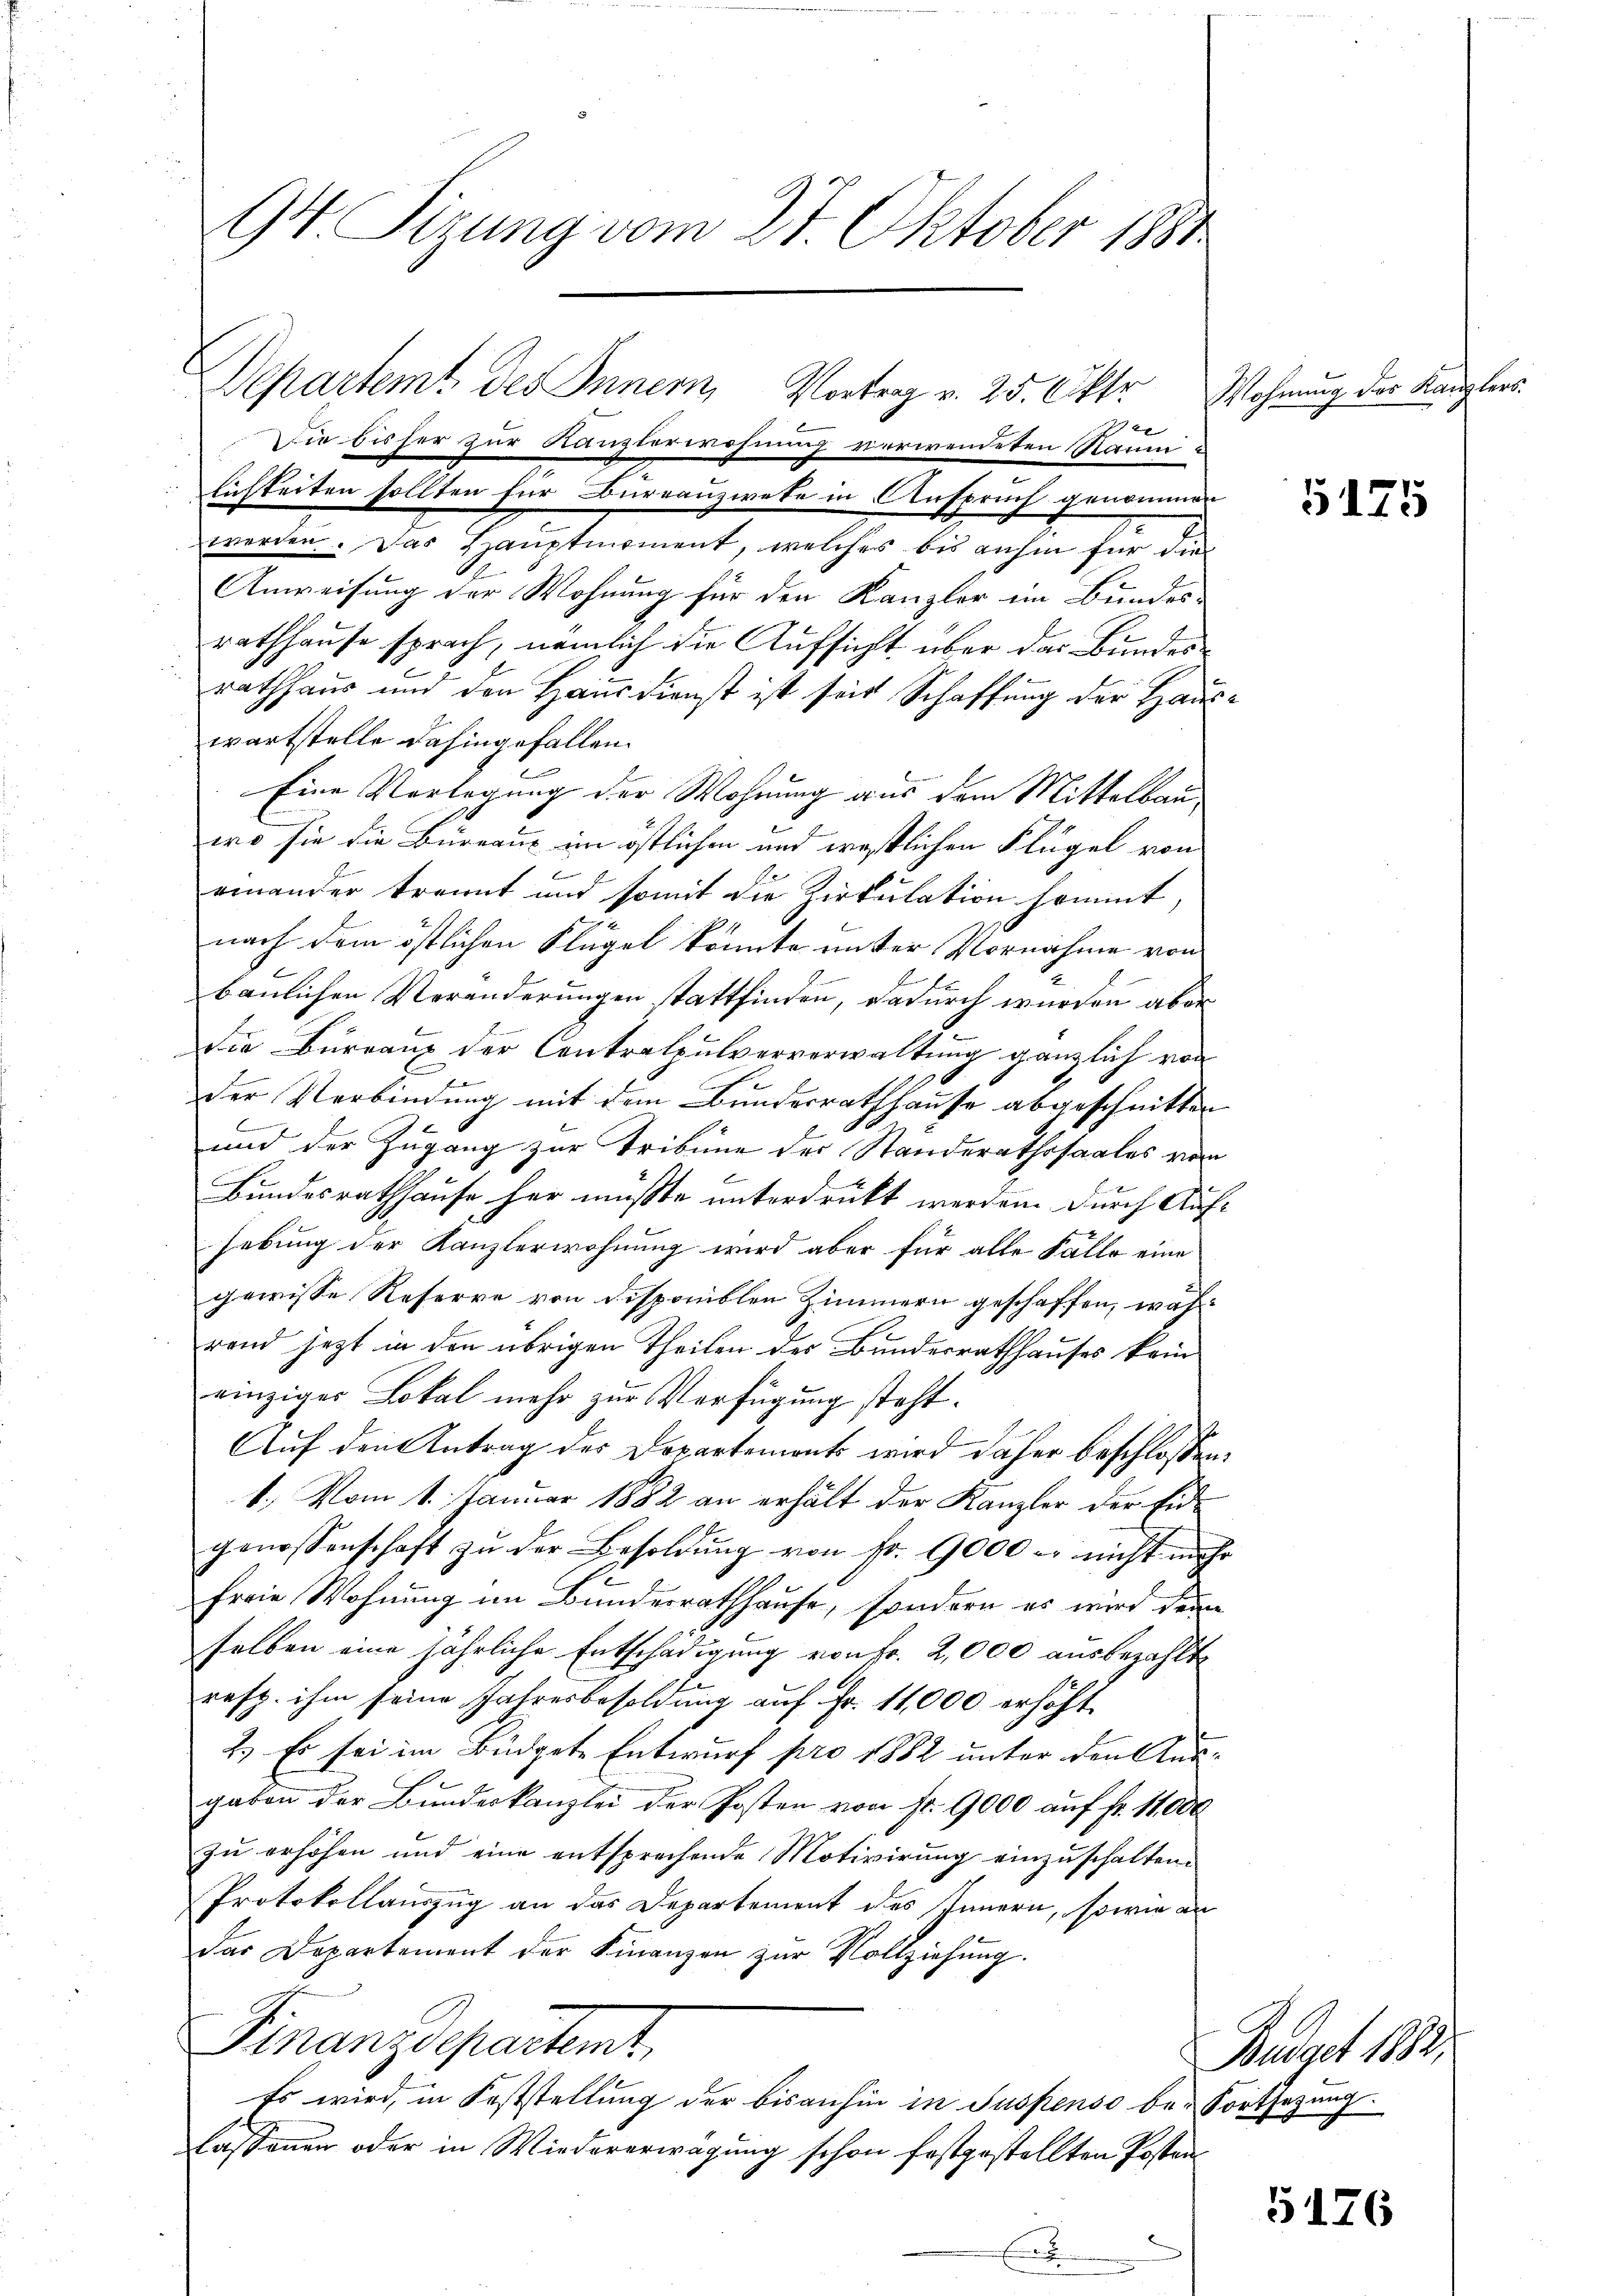
94 Sizung vom 27. Oktober 1881

Sie bisher zur Kanzlerwohnung verwendeten Raum:
lichkeiten sollten für Bureauzweke in Anspruch genommen
werden. Das Hauptmoment, welches bis anhin für die
Anweisung der Wohnung für den Kanzler im Bundes-
rathhause sprach, nemlich die Aufsicht über das Bundes
rathhaus und den Hausdienst ist seit Schaffung der Hauswartstelle dahingefallen.
Eine Vorlegung der Wohnung aus dem Mittelbau
wo sie die Büreaus im östlichen und ernstlichen Flügel von
f
einander trannt und somit die Zirkulation hommt,
nach dem östlichen Flügel konnte unter Vornahme von
baulichen Veränderungen stattfinden, dadurch wurden aber
die Burrang der Contralpulververwaltung gänzlich von
f
der Verbindung mit dem Bundesrathhause abgeschnitten
C
und der Zugang zur Tribüne des Standerathssaales vom
Bundesrathhause her musste unterdruckt werden. Durch Aufhebung der Kanzlerwohnung wird aber für alle Falle eine
gewisse Reserre von Disponiblen Zimmern geschaffen, während jezt in den übrigen Theilen der Bundesrathhauses kein
einziger Lokal mehr zur Verfügung steht.
Auf den Antrag des Departements wird daher beschlossen:
1.) Vom 1. Januar 1882 an erhält der Kanzler der Eidgenossenschaft zŭ der Besoldŭng von fr. 9000 - nicht mehr
freie Wohnung im Bundesrathhause, sondern es wird deine
selben eine jährliche Entschädigung von Fr. 2,000 ausbezahlt
resp. ihm seine Jahresbesoldung auf Fr. 11,000 erhöht.
2.) Es sei im Büdgete Entwurf pro 1882 unter den Aus-
gabon der Bundeskanzlei der Posten von fr. 9000 auf fr. 11,000
zu erhöhen und eine entsprechende Motivirung einzuschalten.
Protokollauszug an das Departement des Innern, sowie an
das Departement der Finanzen zur Vollziehung.
Finanzdepartemt,
Es wird, in Feststellung der bisanhin in Suspenso be- Fortsezung.
lassenen oder in Wiedererwägung schon festgestellten Posten¬

Departemt des Innern Vortrag v. 25. Oktr.

Wohnung der Kanzlers.

5125

Budget 1883,

5176